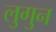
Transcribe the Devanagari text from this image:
लुगुन